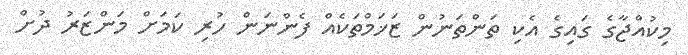
މިކުއްޖާގެ ގައިގެ އެކި ތަންތަނުން ޒަޚަމްތަކެއް ފެންނަން ހުރި ކަމަށް މަންޒަރު ދުށް